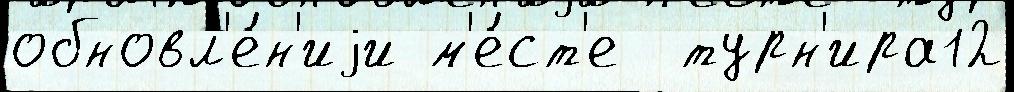
обновл'е́н'иjи м'е́ст'е  турн'ира12